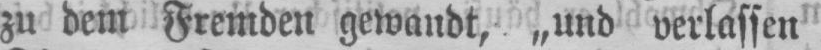
zu dem Fremden gewandt, „und verlassen